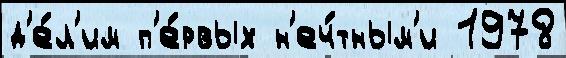
д'е́л'им п'е́рвых н'еч́тным'и 1978